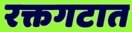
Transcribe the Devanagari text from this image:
रक्तगटात